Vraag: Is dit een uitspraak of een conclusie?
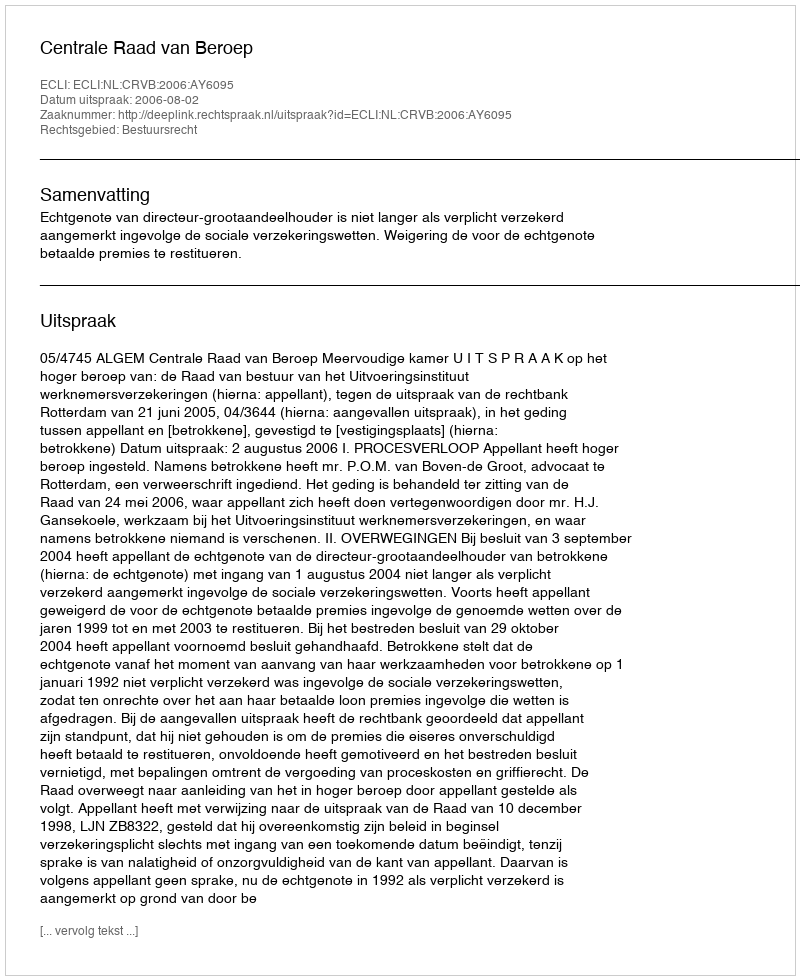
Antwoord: Uitspraak